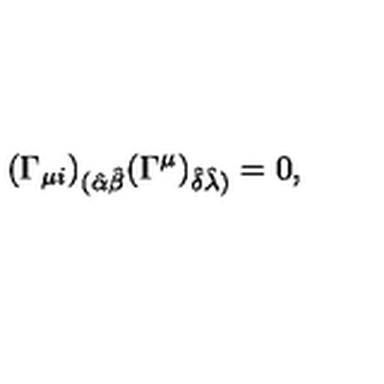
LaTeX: ( \Gamma _ { \mu i } ) _ { ( \hat { \alpha } \hat { \beta } } ( \Gamma ^ { \mu } ) _ { \hat { \delta } \hat { \lambda } ) } = 0 ,